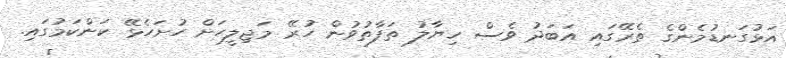
އަޅުގަނޑުމެންގެ ތެރޭގައި އަބަދު ވެސް ހިޔާލު ތަފާތުވުން ހުރޭ މަޖިލީހަށް ހުށަހެޅޭ ކަންކަމުގައި.